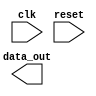
module myModule (
    input wire clk,
    input wire reset,
    output reg [7:0] data_out
);

always @(negedge reset) begin
    // Define the behavior of the module when reset signal transitions from high to low
    // Perform the specified actions or operations here
end

endmodule